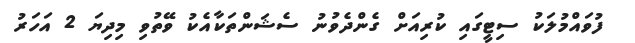
ފުވައްމުލަކު ސިޓީގައި ކުރިއަށް ގެންދެވުނު ސެޝަންތަކާއެކު ވޭތުވި މިދިޔަ 2 އަހަރު